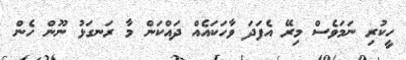
ހީކުރި ނަމަވެސް މިރޭ އެފަދަ ވާހަކައެއް ދައްކަން މާ ރަނގަޅު ނޫން ހެން